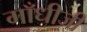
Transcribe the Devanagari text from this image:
गाँधीजी